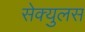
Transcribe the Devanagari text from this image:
सेक्युलस